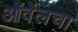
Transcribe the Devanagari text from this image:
ऑर्वेलचा